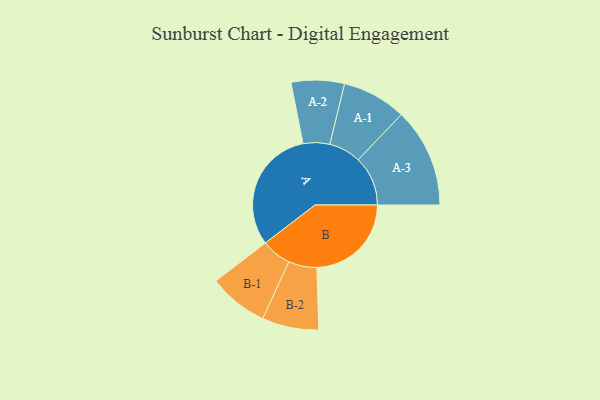
{"axis": {"x": "Segment", "y": "Value"}, "legend": ["", "A", "B"], "data": [{"x": "A", "y": 497, "type": ""}, {"x": "B", "y": 377, "type": ""}, {"x": "A-1", "y": 128, "type": "A"}, {"x": "A-2", "y": 106, "type": "A"}, {"x": "A-3", "y": 198, "type": "A"}, {"x": "B-1", "y": 119, "type": "B"}, {"x": "B-2", "y": 113, "type": "B"}]}